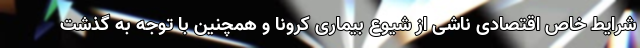
شرایط خاص اقتصادی ناشی از شیوع بیماری کرونا و همچنین با توجه به گذشت